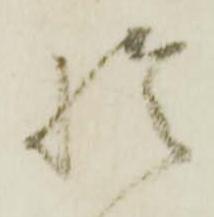
於